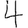
Digit: 4